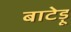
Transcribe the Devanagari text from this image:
बाटेड़ू